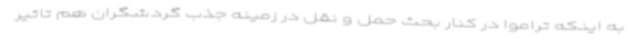
به اینکه تراموا در کنار بحث حمل و نقل در زمینه جذب گردشگران هم تاثیر